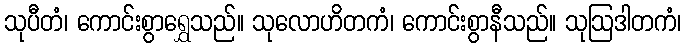
သုပီတံ၊ ကောင်းစွာရွှေသည်။ သုလောဟိတကံ၊ ကောင်းစွာနီသည်။ သုဩဒါတကံ၊